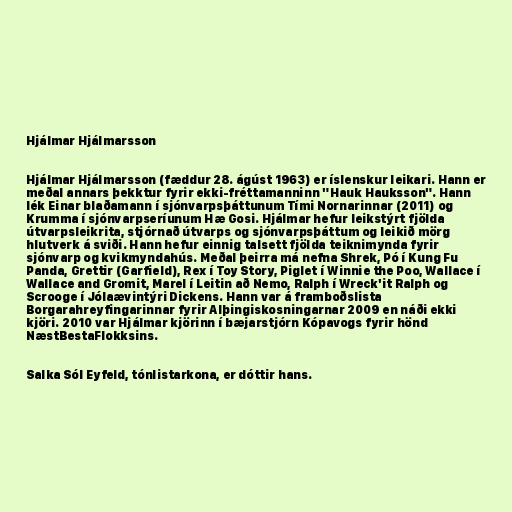
Hjálmar Hjálmarsson

Hjálmar Hjálmarsson (fæddur 28. ágúst 1963) er íslenskur leikari. Hann er
meðal annars þekktur fyrir ekki-fréttamanninn "Hauk Hauksson". Hann
lék Einar blaðamann í sjónvarpsþáttunum Tími Nornarinnar (2011) og
Krumma í sjónvarpseríunum Hæ Gosi. Hjálmar hefur leikstýrt fjölda
útvarpsleikrita, stjórnað útvarps og sjónvarpsþáttum og leikið mörg
hlutverk á sviði. Hann hefur einnig talsett fjölda teiknimynda fyrir
sjónvarp og kvikmyndahús. Meðal þeirra má nefna Shrek, Pó í Kung Fu
Panda, Grettir (Garfield), Rex í Toy Story, Piglet í Winnie the Poo, Wallace í
Wallace and Gromit, Marel í Leitin að Nemo, Ralph í Wreck'it Ralph og
Scrooge í Jólaævintýri Dickens. Hann var á framboðslista
Borgarahreyfingarinnar fyrir Alþingiskosningarnar 2009 en náði ekki
kjöri. 2010 var Hjálmar kjörinn í bæjarstjórn Kópavogs fyrir hönd
NæstBestaFlokksins.

Salka Sól Eyfeld, tónlistarkona, er dóttir hans.